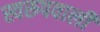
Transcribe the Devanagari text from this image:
स्वरूपवाली